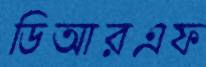
ডিআরএফ